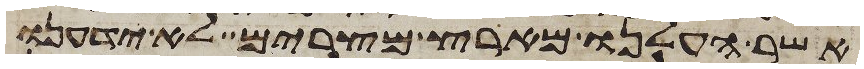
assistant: אשר העלנו מארץ מצרים לא ידענו